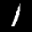
Label: 1